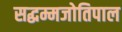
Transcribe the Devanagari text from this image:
सद्धम्मजोतिपाल